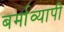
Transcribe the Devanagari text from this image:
बर्माव्यापी